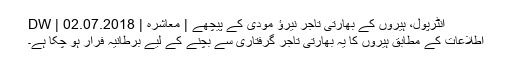
انٹرپول، ہیروں کے بھارتی تاجر نیرؤ مودی کے پیچھے | معاشرہ | DW | 02.07.2018
اطلاعات کے مطابق ہیروں کا یہ بھارتی تاجر گرفتاری سے بچنے کے لیے برطانیہ فرار ہو چکا ہے۔